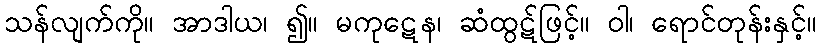
သန်လျက်ကို။ အာဒါယ၊ ၍။ မကုဋေန၊ ဆံထွဋ်ဖြင့်။ ဝါ၊ ရောင်တုန်းနှင့်။